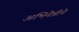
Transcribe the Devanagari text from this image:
अभिनेत्रीने